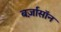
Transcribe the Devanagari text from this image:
बर्ज़ासॉन